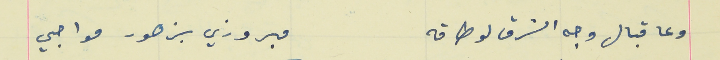
وعا قبال وجه الشرق لو طاقه                                      مبروزي بزهور مواجي